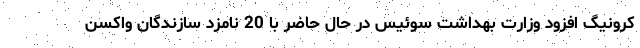
کرونیگ افزود وزارت بهداشت سوئیس در حال حاضر با 20 نامزد سازندگان واکسن